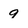
Character: 9